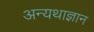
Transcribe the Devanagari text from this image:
अन्यथाज्ञान